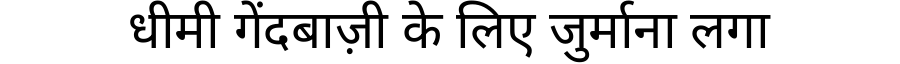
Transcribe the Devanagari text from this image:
धीमी गेंदबाज़ी के लिए जुर्माना लगा